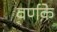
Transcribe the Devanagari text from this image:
वर्णके